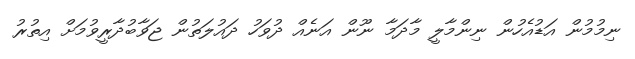
ނިމުމުން އަޑުއެހުން ނިންމާލީ މާދަމާ ނޫން އަނެއް ދުވަހު ދައުލަތުން ޖަވާބުދާރީވުމަށް އިތުރު